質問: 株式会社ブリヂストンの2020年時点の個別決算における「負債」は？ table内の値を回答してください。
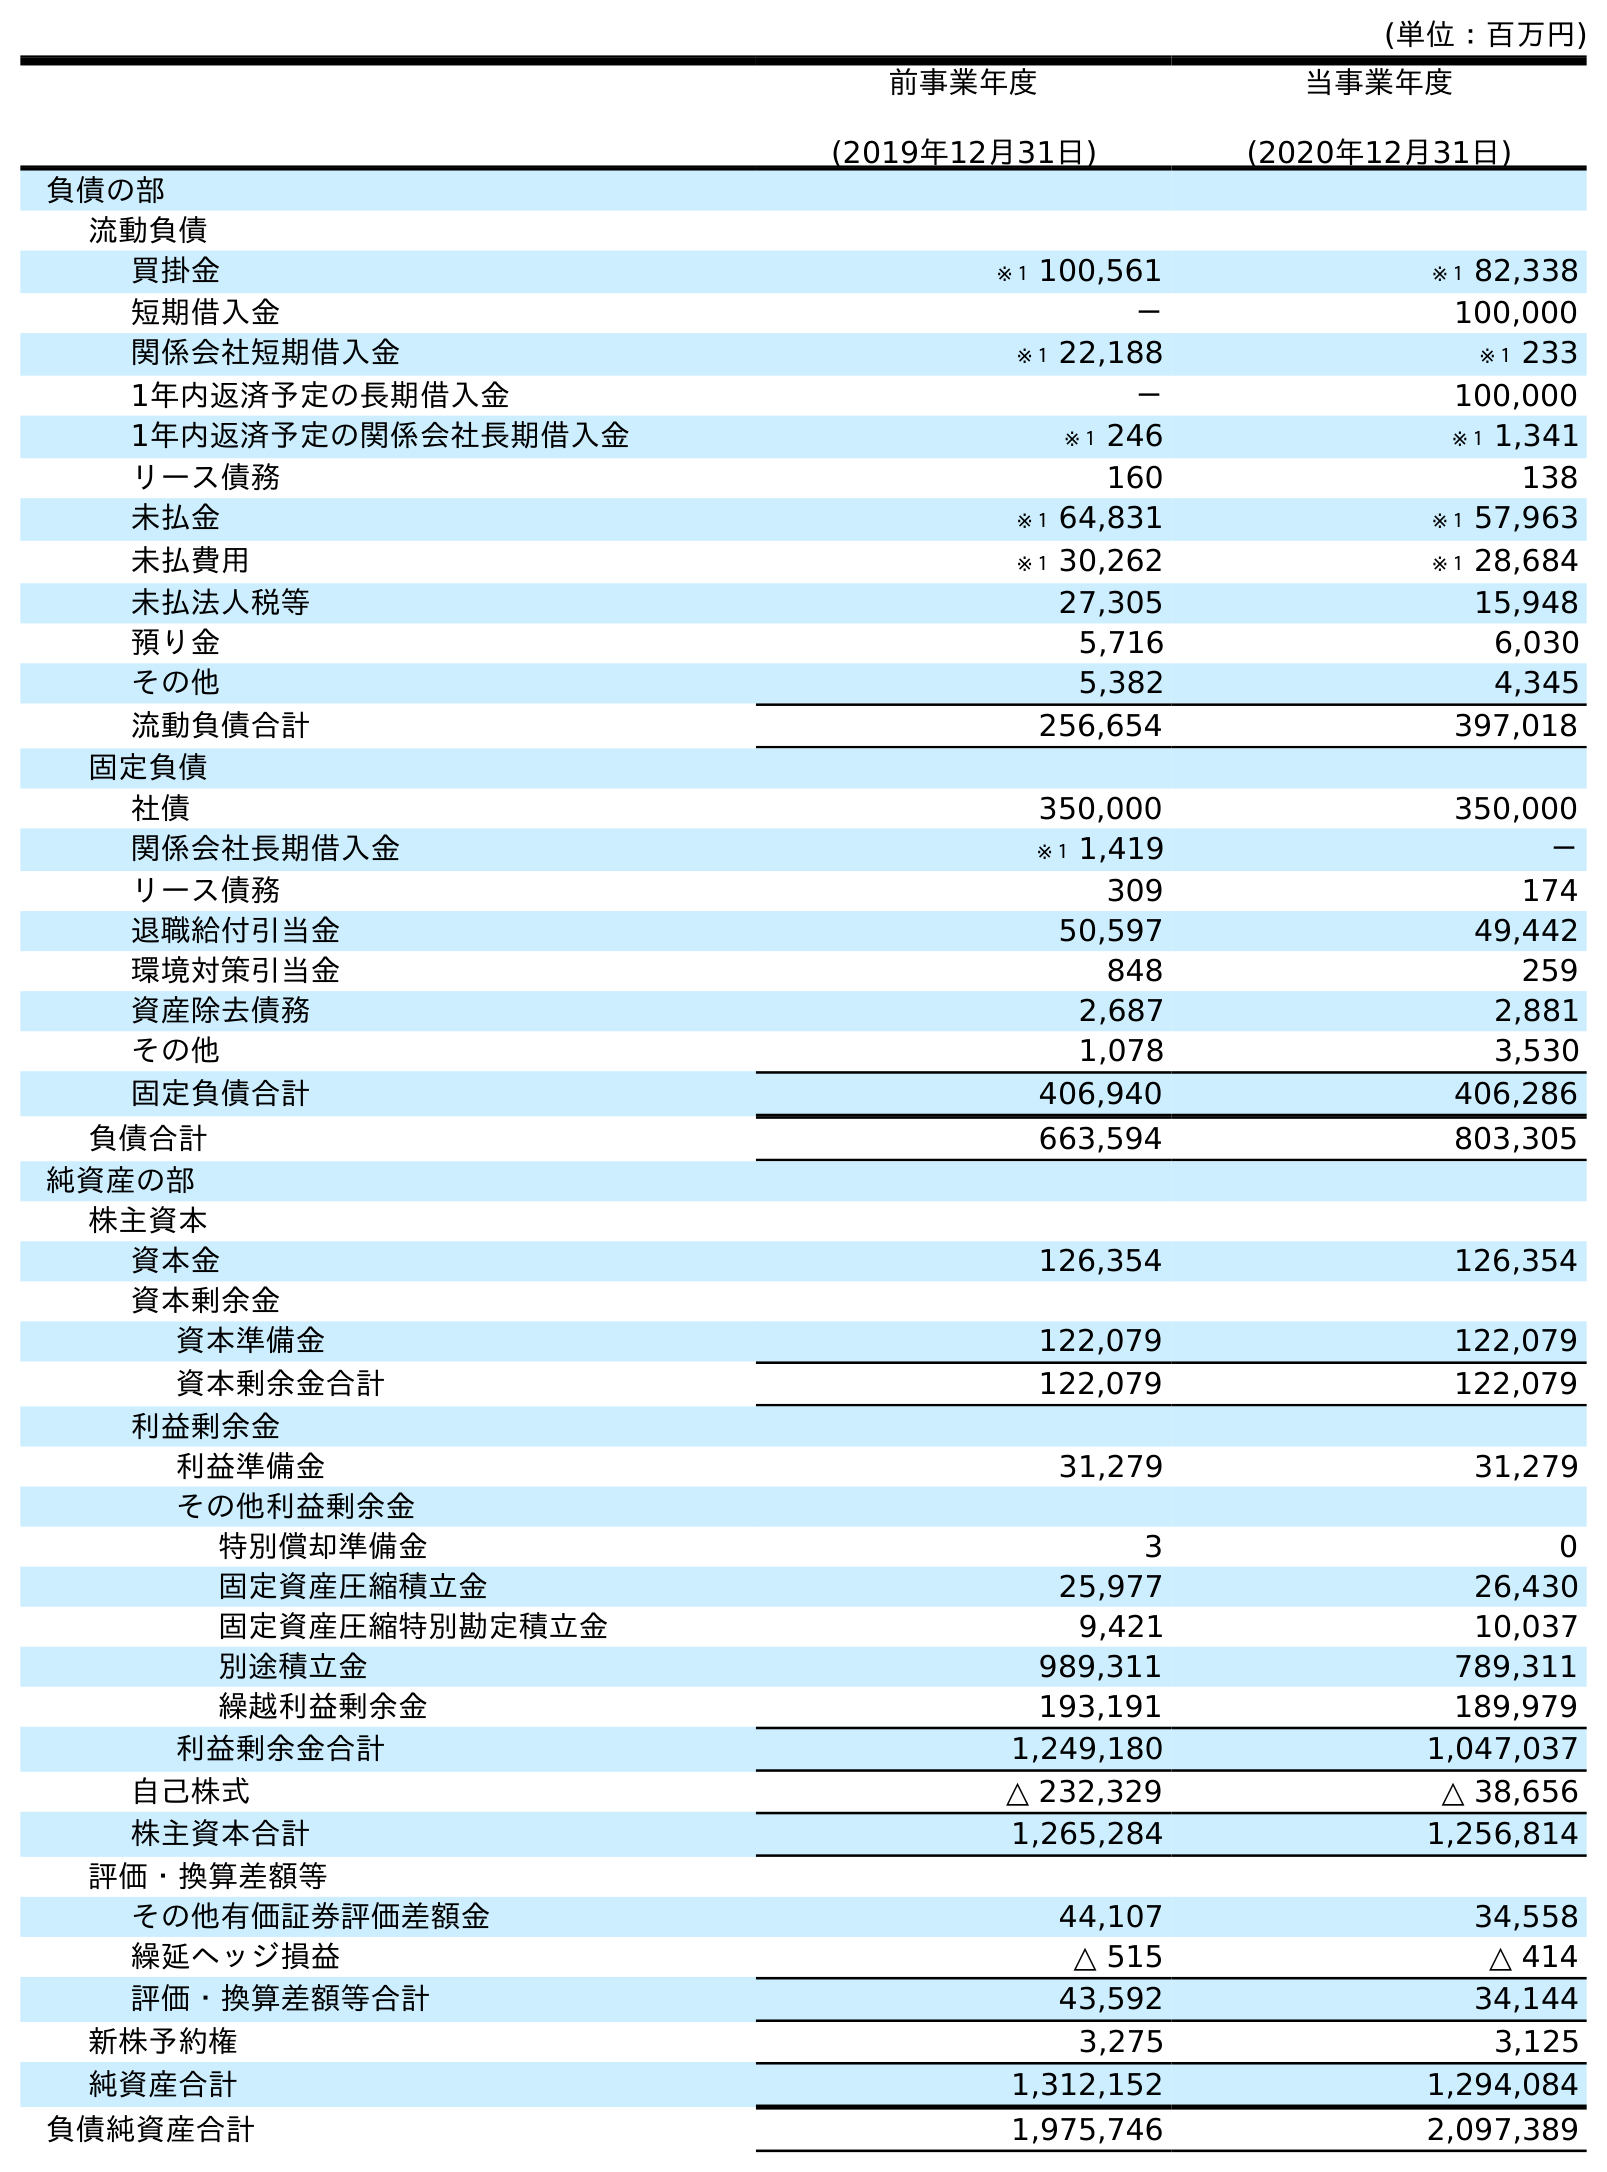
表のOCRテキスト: (単位：百万円) 前事業年度 (2019年12月31日) 当事業年度 (2020年12月31日) 負債の部 流動負債 買掛金 ※１ 100,561 ※１ 82,338 短期借入金 － 100,000 関係会社短期借入金 ※１ 22,188 ※１ 233 1年内返済予定の長期借入金 － 100,000 1年内返済予定の関係会社長期借入金 ※１ 246 ※１ 1,341 リース債務 160 138 未払金 ※１ 64,831 ※１ 57,963 未払費用 ※１ 30,262 ※１ 28,684 未払法人税等 27,305 15,948 預り金 5,716 6,030 その他 5,382 4,345 流動負債合計 256,654 397,018 固定負債 社債 350,000 350,000 関係会社長期借入金 ※１ 1,419 － リース債務 309 174 退職給付引当金 50,597 49,442 環境対策引当金 848 259 資産除去債務 2,687 2,881 その他 1,078 3,530 固定負債合計 406,940 406,286 負債合計 663,594 803,305 純資産の部 株主資本 資本金 126,354 126,354 資本剰余金 資本準備金 122,079 122,079 資本剰余金合計 122,079 122,079 利益剰余金 利益準備金 31,279 31,279 その他利益剰余金 特別償却準備金 3 0 固定資産圧縮積立金 25,977 26,430 固定資産圧縮特別勘定積立金 9,421 10,037 別途積立金 989,311 789,311 繰越利益剰余金 193,191 189,979 利益剰余金合計 1,249,180 1,047,037 自己株式 △ 232,329 △ 38,656 株主資本合計 1,265,284 1,256,814 評価・換算差額等 その他有価証券評価差額金 44,107 34,558 繰延ヘッジ損益 △ 515 △ 414 評価・換算差額等合計 43,592 34,144 新株予約権 3,275 3,125 純資産合計 1,312,152 1,294,084 負債純資産合計 1,975,746 2,097,389
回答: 803,305